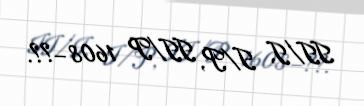
II/I, I/P, II/P 1608–??.